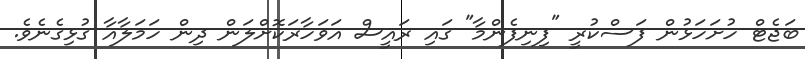
ބަޖެޓް ހުށަހަޅުން ފަސްކުރީ "ފިނިފެންމާ" ގައި ރައީސް އަވަހާރަކޮށްލަން ދިން ހަމަލާއާ ގުޅިގެނެވެ.